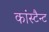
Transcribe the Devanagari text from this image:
कांस्टैन्ट